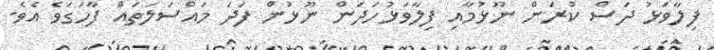
ފިލާވަޅު ދަސް ކުރަން ނޫޅުމާއި ފިލާވަޅުހަދަން ނޫޅުން ފަދަ މައްސަލަތައް ފާހަގަވެ އެވެ.